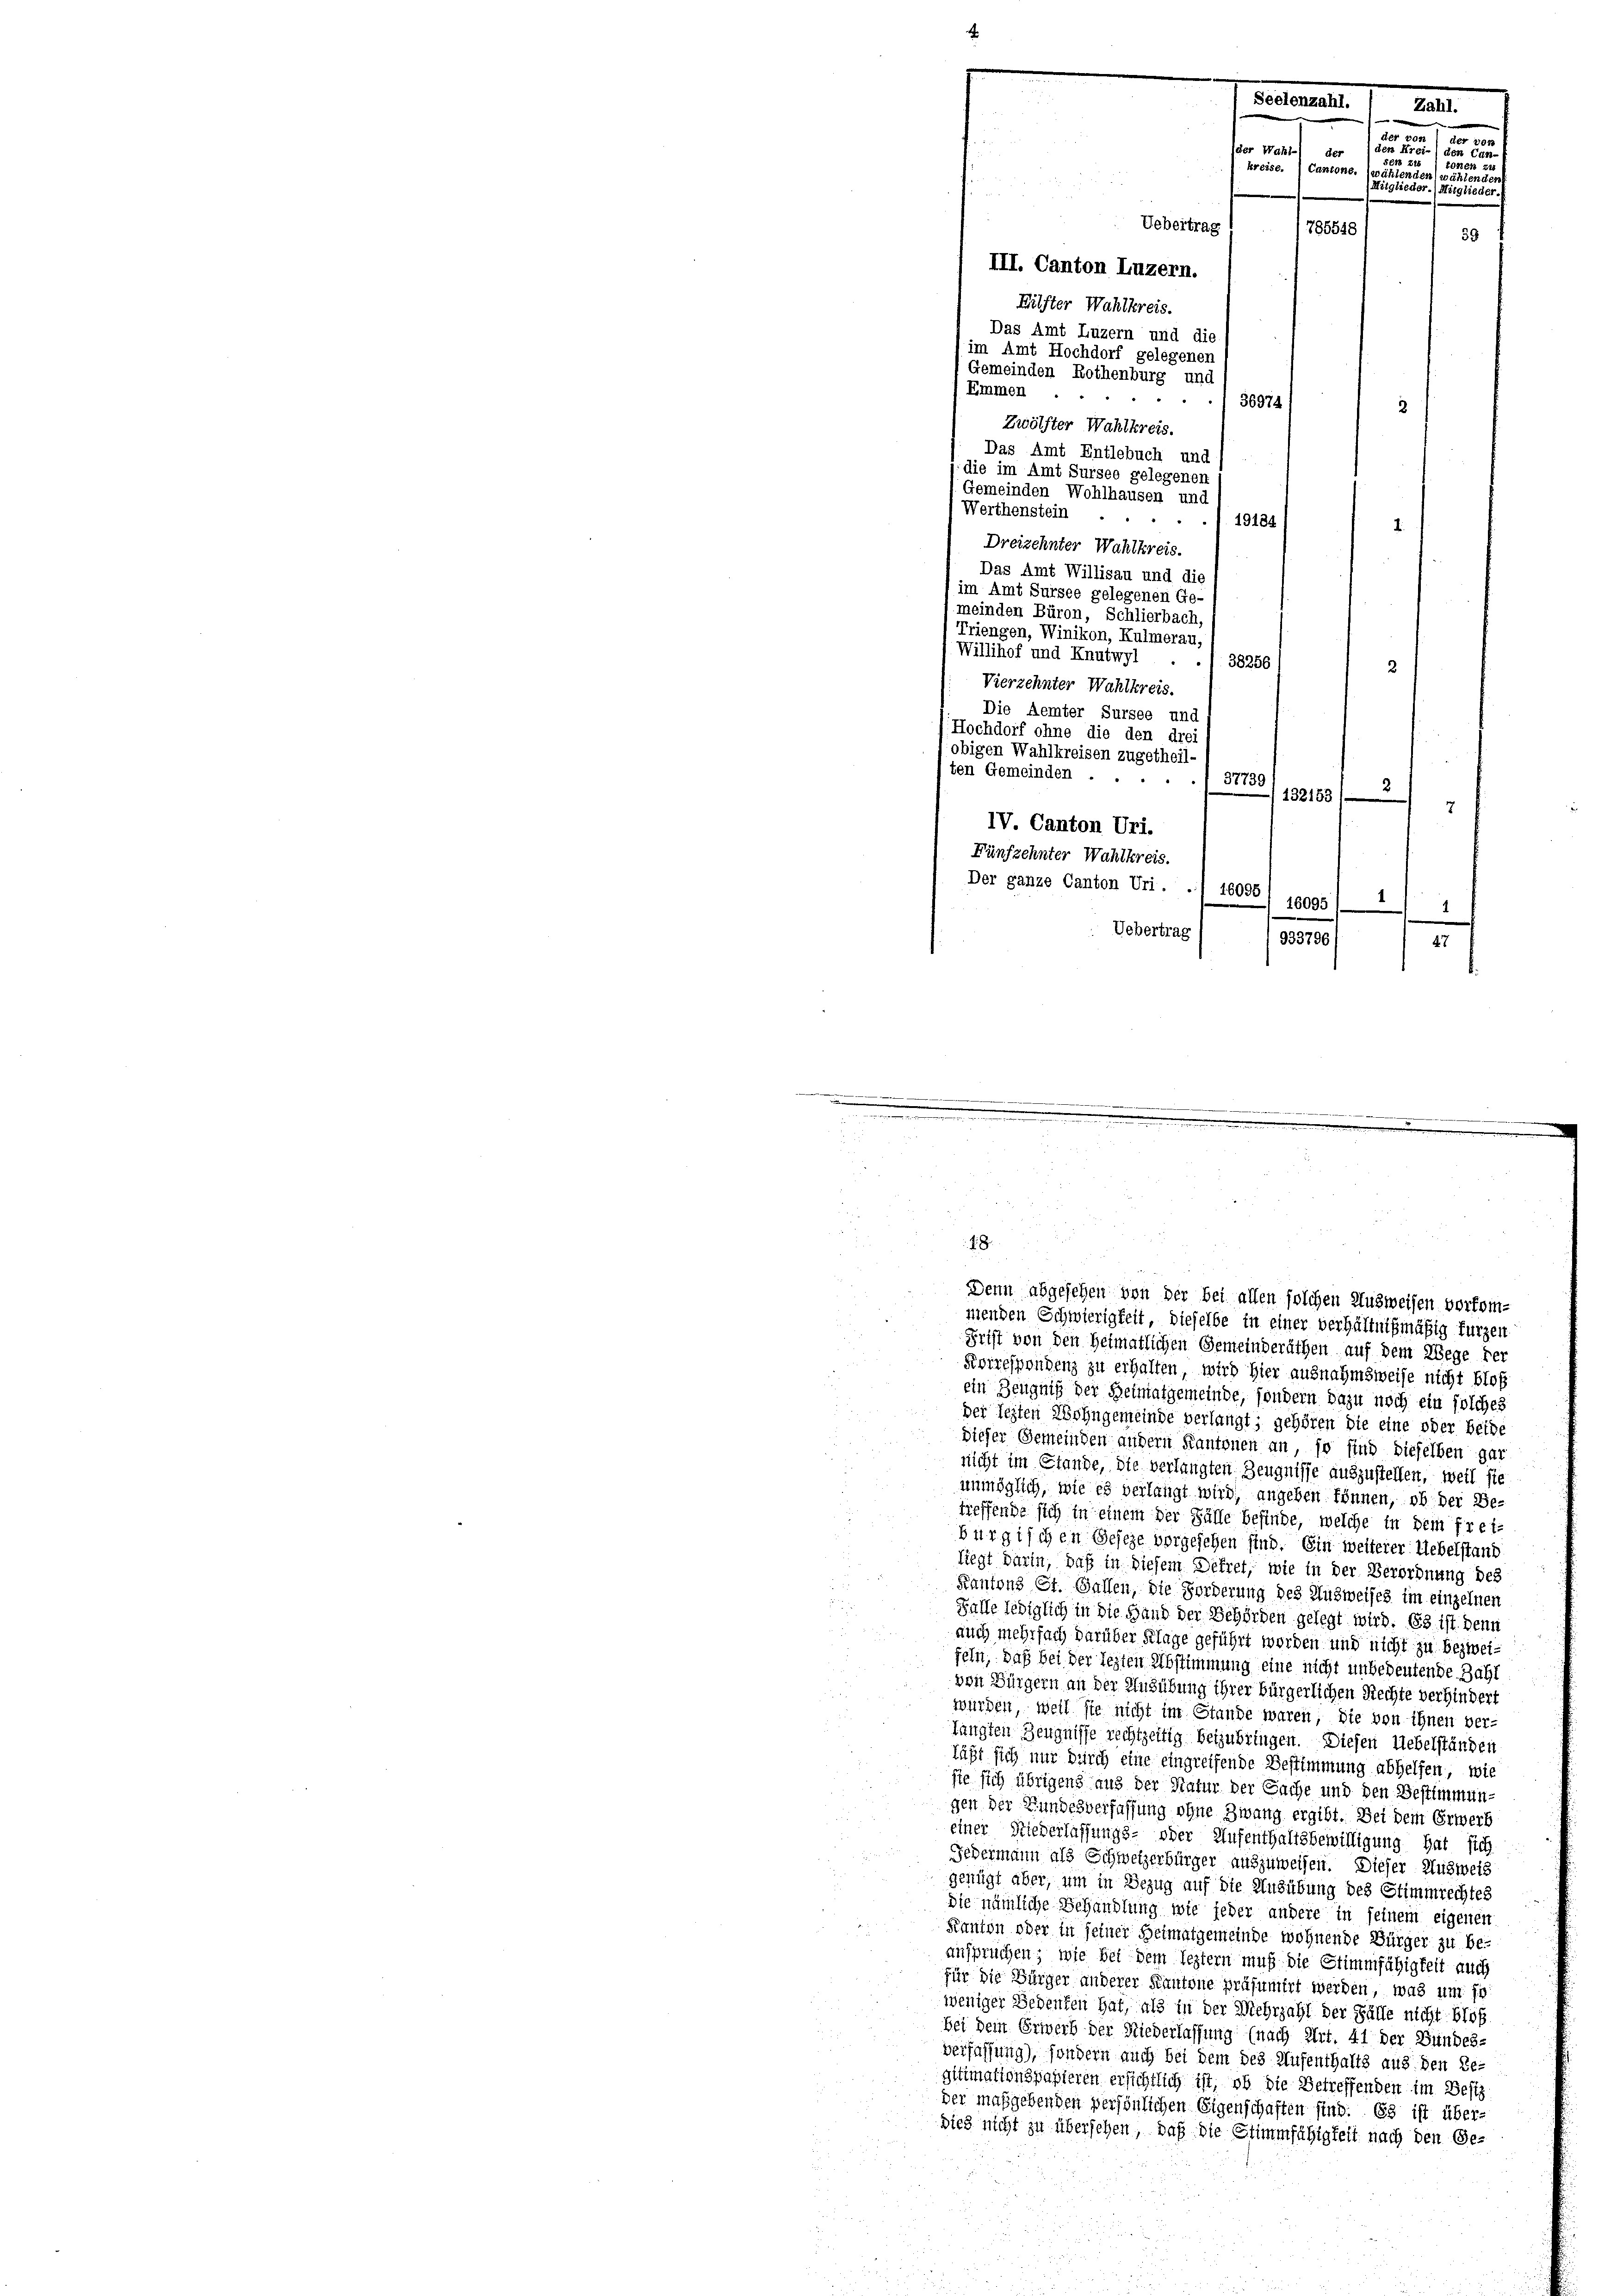
IV. Canton Uri.

Fünfzehnter Wahlkreis.
Der ganze Canton Uri.

Seelenzahl.
Zahl.
ter von
der
212 49
der Wahl der
den C
e
au
kreise. Cantone. (wählende
glieder.

Uebertrag
59
III. Canton Luzern.
Eilfter Wahlkreis.
Das Amt Luzern und die
im Amt Hochdorf gelegener
Gemeinden Rothenburg und
Emmen
36974
Zwölfter Wahlkreis.
Das Amt Entlebuch und
die im Amt Sursee gelegenen
Gemeinden Wohlhausen und
Werthenstein
19134
Dreizehnter Wahlkreis.
Das Amt Willisau und die
im Amt Sursee gelegenen Ge-
meinden Büron, Schlierbach
Triengen, Winikon, Kulmerau,
Willihof und Knutwyl
38256
2
Vierzehnter Wahlkreis.
Die Aemter Sursee und
Hochdorf ohne die den drei
obigen Wahlkreisen zugetheil-
ten Gemeinden ...
37739
(132153
7
16096
Uebertrag
Grift von den Heimatlichen Gemeinderäthen auf dem Wege der
Forrespendenz zu erhalten, wird hier ausnahmsweise nicht bloß
ein Zeugniß der Heimatgemeinde, sondern dazu noch ein solches
der lezten Wohngemeinde verlangt; gehören die eine oder beide
dieser Gemeinden andern Kantonen an, so sind dieselben gar
nicht im Stande, die verlangten Zeugnisse auszustellen, weil sie
unmöglich, wie es verlangt wird, angeben können, ob der Be-
treffende sich in einem der Fälle befinde, welche in dem frei-
bürgischen Geseze vorgesehen sind. Ein weiterer Uebelstand
liegt darin, daß in diesem Dekret, wie in der Verordnung des
Kantons St. Gallen, die Forderung des Ausweises im einzelnen
Falle lediglich in die Hand der Behörden gelegt wird. Es ist. Denn
auch mehrfach darüber Klage geführt worden und nicht zu bezweifeln, daß bei der legten Abstimmung eine nicht unbedeutende Zahl
von Bürgern an der Ausübung ihrer bürgerlichen Rechte verhindert
wurden, weil sie nicht im Stande waren, die von ihnen ver-
langten Zeugnisse rechtzeitig beizubringen. Diesen Uebelständen
Läßt sich nur durch eine eingreifende Bestimmung abhelfen, wie
ste sich übrigens aus der Natur der Sache und den Bestimmungen der Fundesverfassung ohne Zwang ergibt. Bei dem Erwerb
einer Niederlassungs- oder Aufenthaltsbewilligung hat sich
Federmann als Schweizerbürger auszuweisen. Dieser Ausweis
genügt aber, um in Bezug auf die Ausübung des Stimmrechtes
die nämliche Behandlung wie jeder andere in seinem eigenen
Kanton ober in seiner Heimatgemeinde wohnende Bürger zu beanspruchen; wie bei dem leztern muß die Stimmfähigkeit auch
für die Bürger anderer Kantone präsumirt werden, was um fr
weniger Bedenten hat, als in der Mehrzahl der Fälle nicht bloß
bei dem Erwerb der Niederlassung (nach Art. 41 der Bundes-
verfassung), sondern auch bei dem des Aufenthalts aus den Ge-
gitimationspapieren ersichtlich ist, ob die Betreffenden im Besiz
der maßgebenden persönlichen Eigenschaften sind. Es ist über-
dies nicht zu übersehen, daß die Stimmfähigkeit nach den Ge-

785548

16095)
933796/
47

1

.
.

14
e

.
1.8.
Denn abgesehen von der bei allen solchen Ausweisen vorkommenden Schwierigkeit, dieselbe in einer verhältnißmäßig fürzen